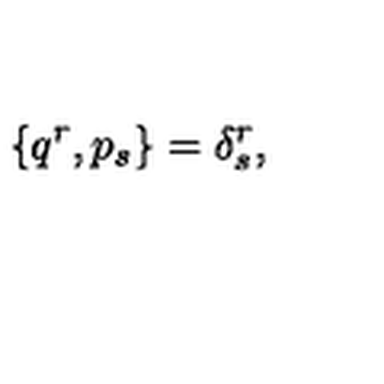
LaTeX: \{ q ^ { r } , p _ { s } \} = \delta _ { s } ^ { r } ,